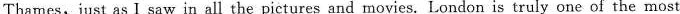
Thames, just as I saw in all the pictures and movies.London is truly one of the most